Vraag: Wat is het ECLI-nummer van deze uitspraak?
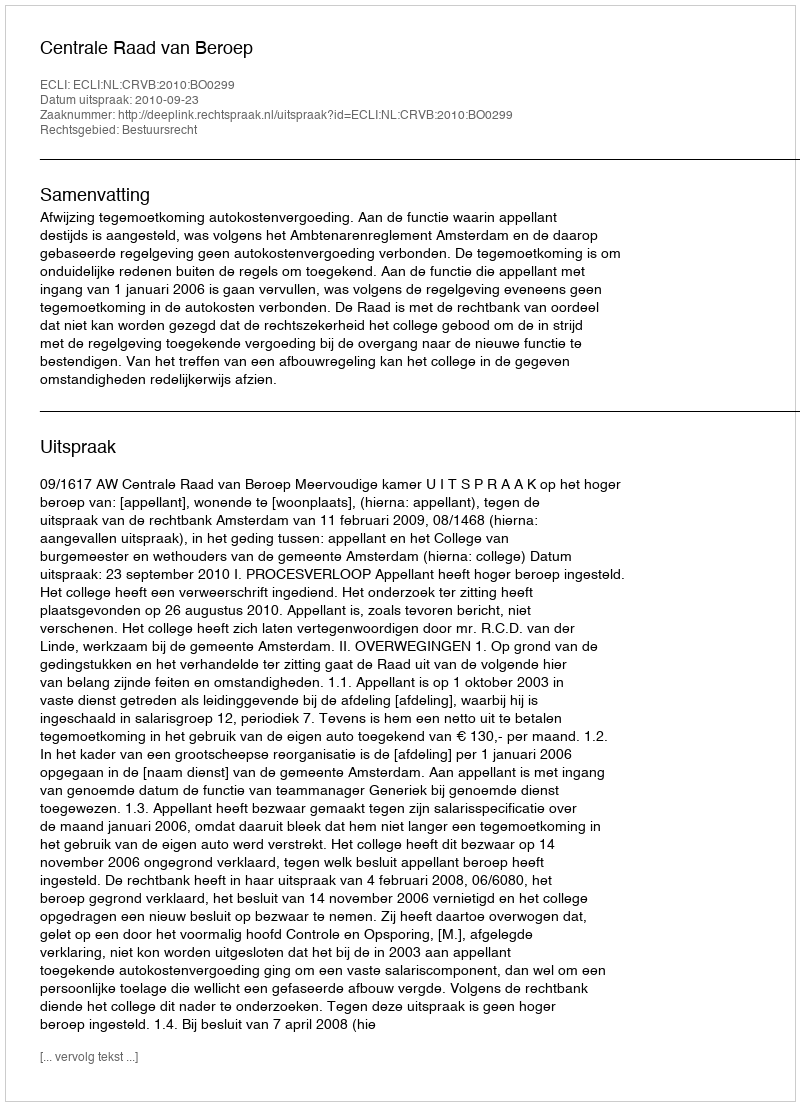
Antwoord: ECLI:NL:CRVB:2010:BO0299